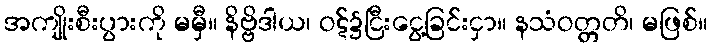
အကျိုးစီးပွားကို မမှီ။ နိဗ္ဗိဒါယ၊ ဝဋ်၌ငြီးငွေ့ခြင်းငှာ။ နသံဝတ္တတိ၊ မဖြစ်။